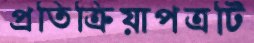
প্রতিক্রিয়াপত্রটি